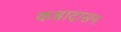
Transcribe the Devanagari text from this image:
कन्नादासन